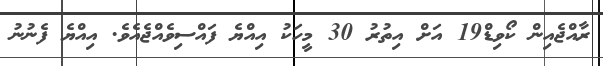
ރާއްޖެއިން ކޯވިޑް19 އަށް އިތުރު 30 މީހަކު އިއްޔެ ފައްސިވެއްޖެއެވެ. އިއްޔެ ފެނުނު